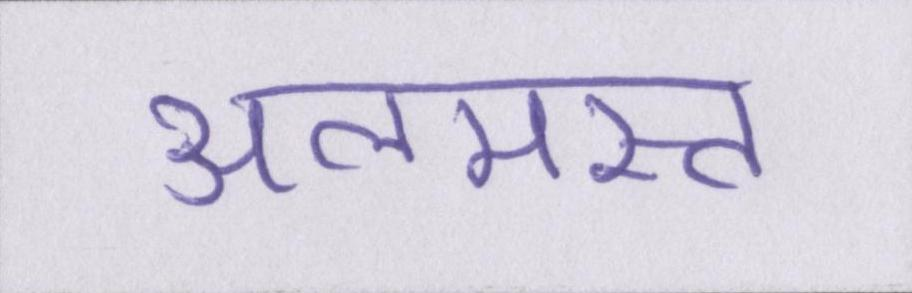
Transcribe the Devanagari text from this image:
अलमस्त